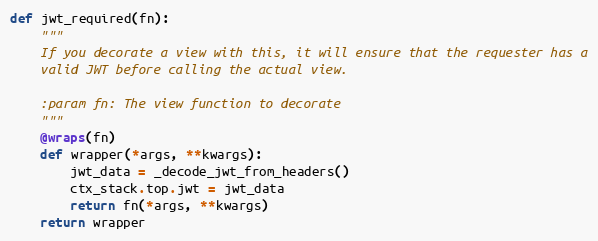
Language: Python
def jwt_required(fn):
    """
    If you decorate a view with this, it will ensure that the requester has a
    valid JWT before calling the actual view.

    :param fn: The view function to decorate
    """
    @wraps(fn)
    def wrapper(*args, **kwargs):
        jwt_data = _decode_jwt_from_headers()
        ctx_stack.top.jwt = jwt_data
        return fn(*args, **kwargs)
    return wrapper